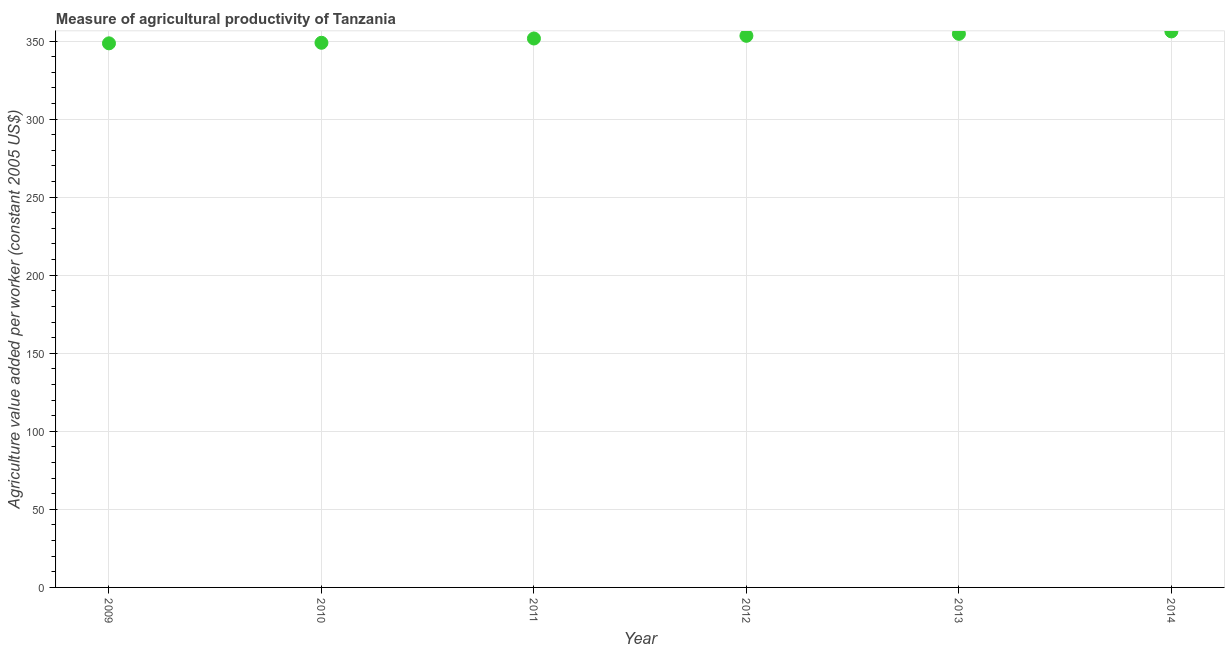
| Year | Agriculture value added per worker |
 | --- | --- |
 | 2009 | 349 |
 | 2010 | 349 |
 | 2011 | 352 |
 | 2012 | 353 |
 | 2013 | 355 |
 | 2014 | 356 |